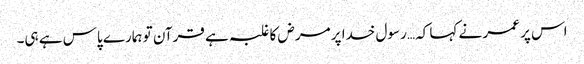
اس پر عمر نے کہا کہ… رسول خدا پر مرض کا غلبہ ہے قرآن تو ہمارے پاس ہے ہی۔